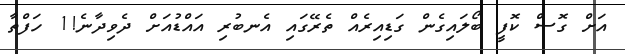
އަށް ގޮސް ކޮފީ ބޯލައިގެން ގަޑިއިރެއް ތެރޭގައި އެނބުރި އައްޑުއަށް ދެވިދާނެ!1 ހަފްތާ